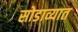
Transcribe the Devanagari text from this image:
सोडाव्यात